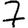
Digit: 7